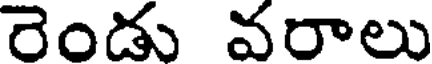
రెండు వరాలు